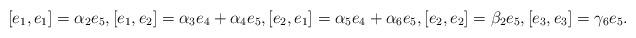
LaTeX: \begin{align*} [e_1, e_1]=\alpha_2e_5, [e_1, e_2]=\alpha_3e_4+ \alpha_4e_5, [e_2, e_1]=\alpha_5e_4+\alpha_6e_5, [e_2, e_2]=\beta_2e_5, [e_3, e_3]=\gamma_6e_5.\end{align*}